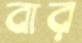
বার